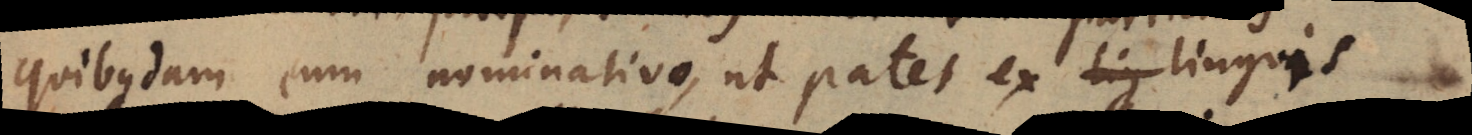
quibusdam cum nominativo, ut patet ex lig linguis